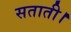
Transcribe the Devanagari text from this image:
सताती।